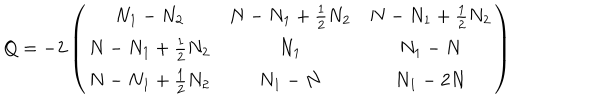
LaTeX: Q = - 2 \left( \begin{array} { c c c } { { N _ { 1 } - N _ { 2 } } } & { { N - N _ { 1 } + \frac 1 2 N _ { 2 } } } & { { N - N _ { 1 } + \frac 1 2 N _ { 2 } } } \\ { { N - N _ { 1 } + \frac 1 2 N _ { 2 } } } & { { N _ { 1 } } } & { { N _ { 1 } - N } } \\ { { N - N _ { 1 } + \frac 1 2 N _ { 2 } } } & { { N _ { 1 } - N } } & { { N _ { 1 } - 2 N } } \\ \end{array} \right)